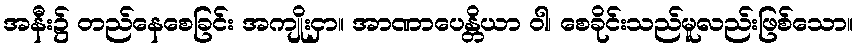
အနီး၌ တည်နေစေခြင်း အကျိုးငှာ။ အာဏာပေန္တိယာ ဝါ၊ စေခိုင်းသည်မူလည်းဖြစ်သော။